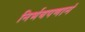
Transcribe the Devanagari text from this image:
निर्भयपणानं